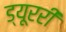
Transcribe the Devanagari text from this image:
ड्यूररी